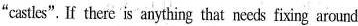
"castles".If there is anything that needs fixing around